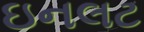
ઇનલટ